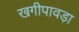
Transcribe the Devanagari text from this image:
खगीपावड़ा